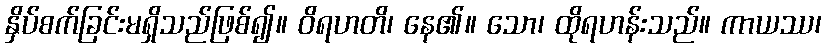
နှိပ်စက်ခြင်းမရှိသည်ဖြစ်၍။ ဝိရဟတိ၊ နေ၏။ သော၊ ထိုရဟန်းသည်။ ကာယဿ၊